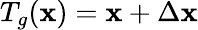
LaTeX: T_{g}(\mathbf{x})=\mathbf{x}+\Delta\mathbf{x}